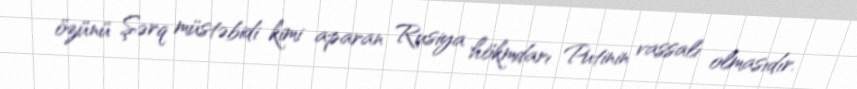
özünü Şərq müstəbidi kimi aparan Rusiya hökmdarı Putinin vassalı olmasıdır.